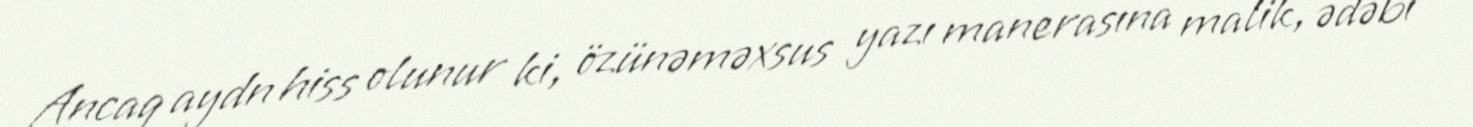
Ancaq aydn hiss olunur ki, özünəməxsus yazı manerasına malik, ədəbi